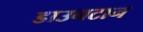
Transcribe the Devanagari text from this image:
डाउनटान